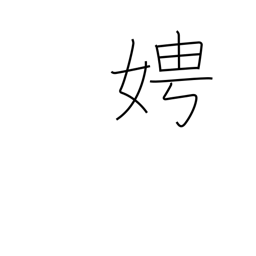
Meaning: ask after a woman's name